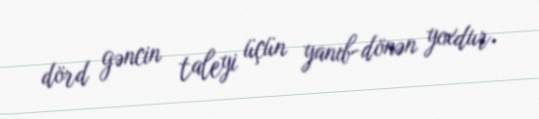
dörd gəncin taleyi üçün yanıb-dönən yoxdur.